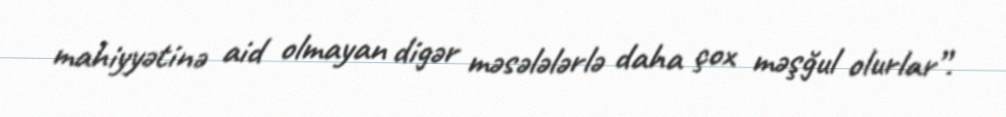
mahiyyətinə aid olmayan digər məsələlərlə daha çox məşğul olurlar”.